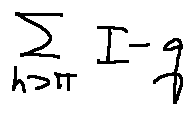
\sum \limits _ { h > \pi } I - q